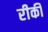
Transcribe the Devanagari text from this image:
रीकी